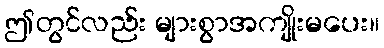
ဤတွင်လည်း များစွာအကျိုးမပေး။